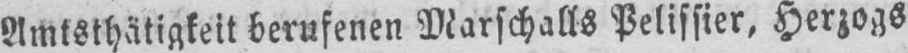
Amtsthätigkeit berufenen Marschalls Pelissier, Herzogs